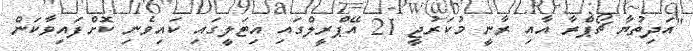
"އަދިތުޔާ ޗޯޕްރާ އާއި ރާނީ މުކަރުޖީ 21 އޭޕްރީލްގައި އިޓަލީގައި ކައިވެނި ކޮށްފައިވާކަން